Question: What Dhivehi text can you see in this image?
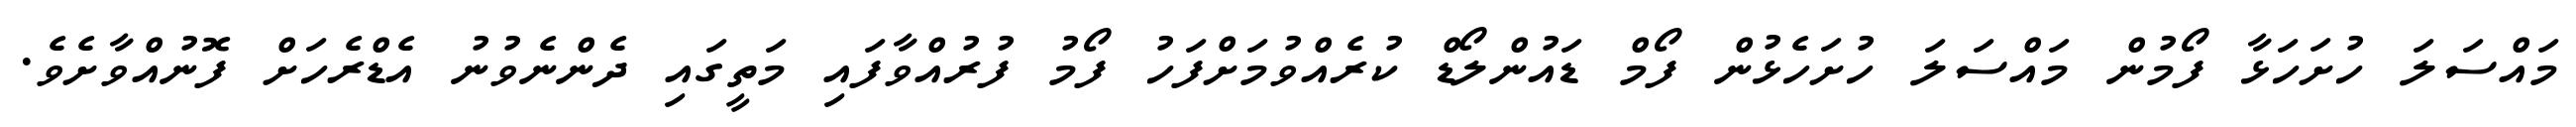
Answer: މައްސަލަ ހުށަހަޅާ ފޯމުން މައްސަލަ ހުށަހެޅުން ފޯމް ޑައުންލޯޑް ކުރެއްވުމަށްފަހު ފޯމު ފުރުއްވާފައި މަތީގައި ދެންނެވުނު އެޑްރެހަށް ފޮނުއްވާށެވެ.